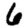
Digit: 6